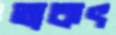
তাকৎ